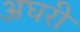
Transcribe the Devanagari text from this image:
अघरी